Report on the working of the Ranchi Indian Mental Hospital, Kanke, in Bihar and Orissa - 1930-1940
Year: 1930
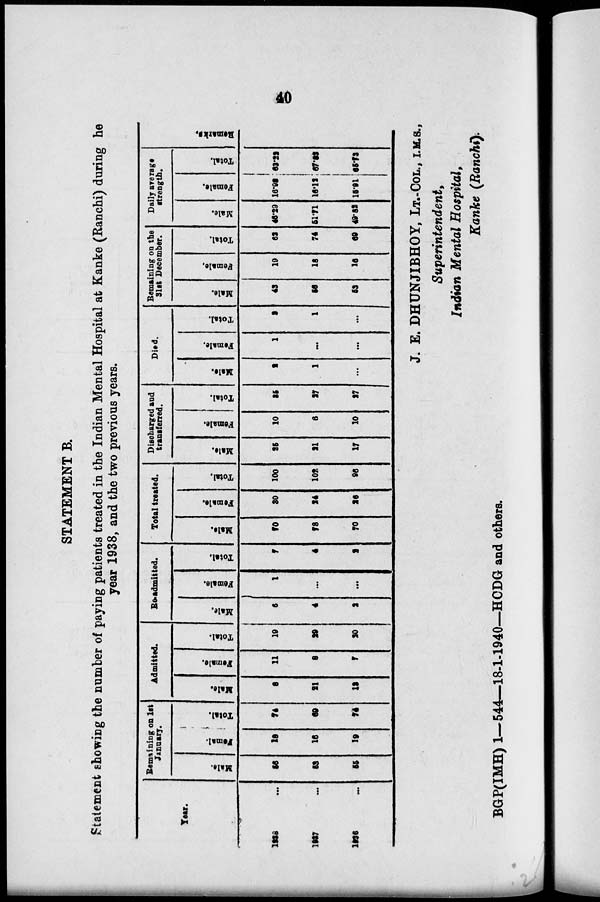
40
STATEMENT B.
Statement showing the number of paying patients treated in the Indian Mental Hospital at Kanke (Ranchi) during he
year 1938, and the two previous years.
Year.
1938 ...
1937 ...
1936 ...
Remaining on 1st
January.
Male.
56
53
55
Female.
18
16
19
Total.
74
60
74
Admitted.
Male.
8
21
13
Female.
11
8
7
Total.
19
29
20
Re-admitted.
Male.
6
4
2
Female.
1
...
...
Total.
7
4
2
Total treated.
Male.
70
78
70
Female.
30
24
26
Total.
100
102
96
Discharged and
transferred.
Male.
25
21
17
Female.
10
6
10
Total.
35
27
27
Died.
Male.
2
1
...
Female.
1
...
...
Total.
3
1
...
Remaining on the
31st December.
Male.
43
56
53
Female.
19
18
16
Total.
62
74
69
Daily average
strength.
Male.
46.29
51.71
49.82
Female.
16.93
16.12
15.91
Total.
63.22
67.83
65.73
Remarks.
J. E. DHUNJIBHOY, LT.-COL., I.M.S.,
Superintendent,
Indian Mental Hospital,
Kanke (Ranchi)
BGP(IMH) 1—544—18-1-1940—HCDG and others.